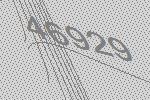
46929